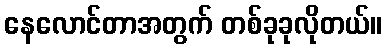
နေလောင်တာအတွက် တစ်ခုခုလိုတယ်။